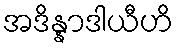
အဒိန္နာဒါယီဟိ